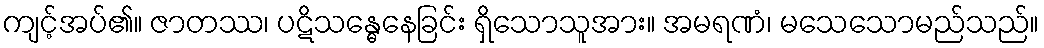
ကျင့်အပ်၏။ ဇာတဿ၊ ပဋိသန္ဓေနေခြင်း ရှိသောသူအား။ အမရဏံ၊ မသေသောမည်သည်။